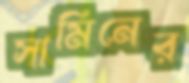
সামিনের